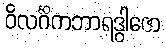
ဝိလင်္ဂိကဘာရဒွါဇော